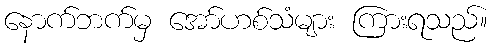
နောက်ဘက်မှ အော်ဟစ်သံများ ကြားရသည်။